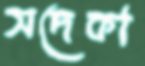
সদেকা